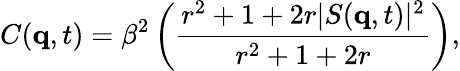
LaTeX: C(\mathbf{q},t)=\beta^{2}\left(\frac{r^{2}+1+2r|S(\mathbf{q},t)|^{2}}{r^{2}+1+2r}\right),